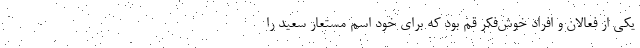
یکی از فعالان و افراد خوش‌فکر قم بود که برای خود اسم مستعار سعید را